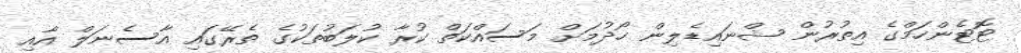
ޓޮޓެންހަމްގެ އިތުރުން ޝްނައިޑެލިން ހޯދުމަށް މަސައްކަތް ކުރާ ކުލަބުތަކުގެ ތެރޭގައި އާސެނަލް އާއި